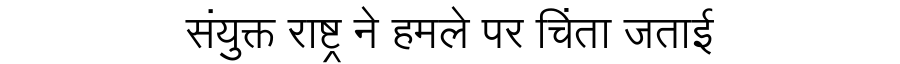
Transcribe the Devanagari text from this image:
संयुक्त राष्ट्र ने हमले पर चिंता जताई